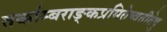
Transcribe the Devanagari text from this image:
तर्काम्बराङ्कप्रमितेष्वतीतेषु